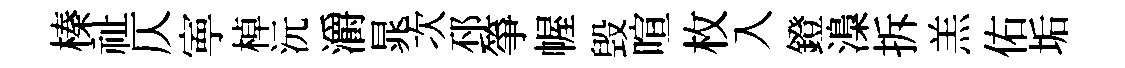
榛祉仄寕棹沅灂晁次邳箏幄毁喧枚入鐙𣻏拆羔佑垢